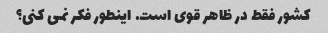
کشور فقط در ظاهر قوی است. اینطور فکر نمی کنی؟